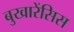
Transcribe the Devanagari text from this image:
बुखारेंसिस